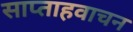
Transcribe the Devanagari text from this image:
साप्ताहवाचन